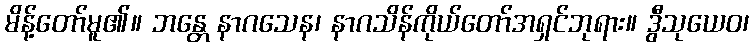
မိန့်တော်မူ၏။ ဘန္တေ နာဂသေန၊ နာဂသိန်ကိုယ်တော်အရှင်ဘုရား။ ဒွီသုယေဝ၊